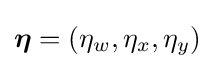
{\boldsymbol {\eta }}=(\eta _{w},\eta _{x},\eta _{y})